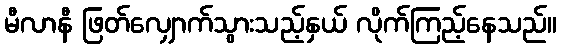
မီလာနီ ဖြတ်လျှောက်သွားသည့်နှယ် လိုက်ကြည့်နေသည်။